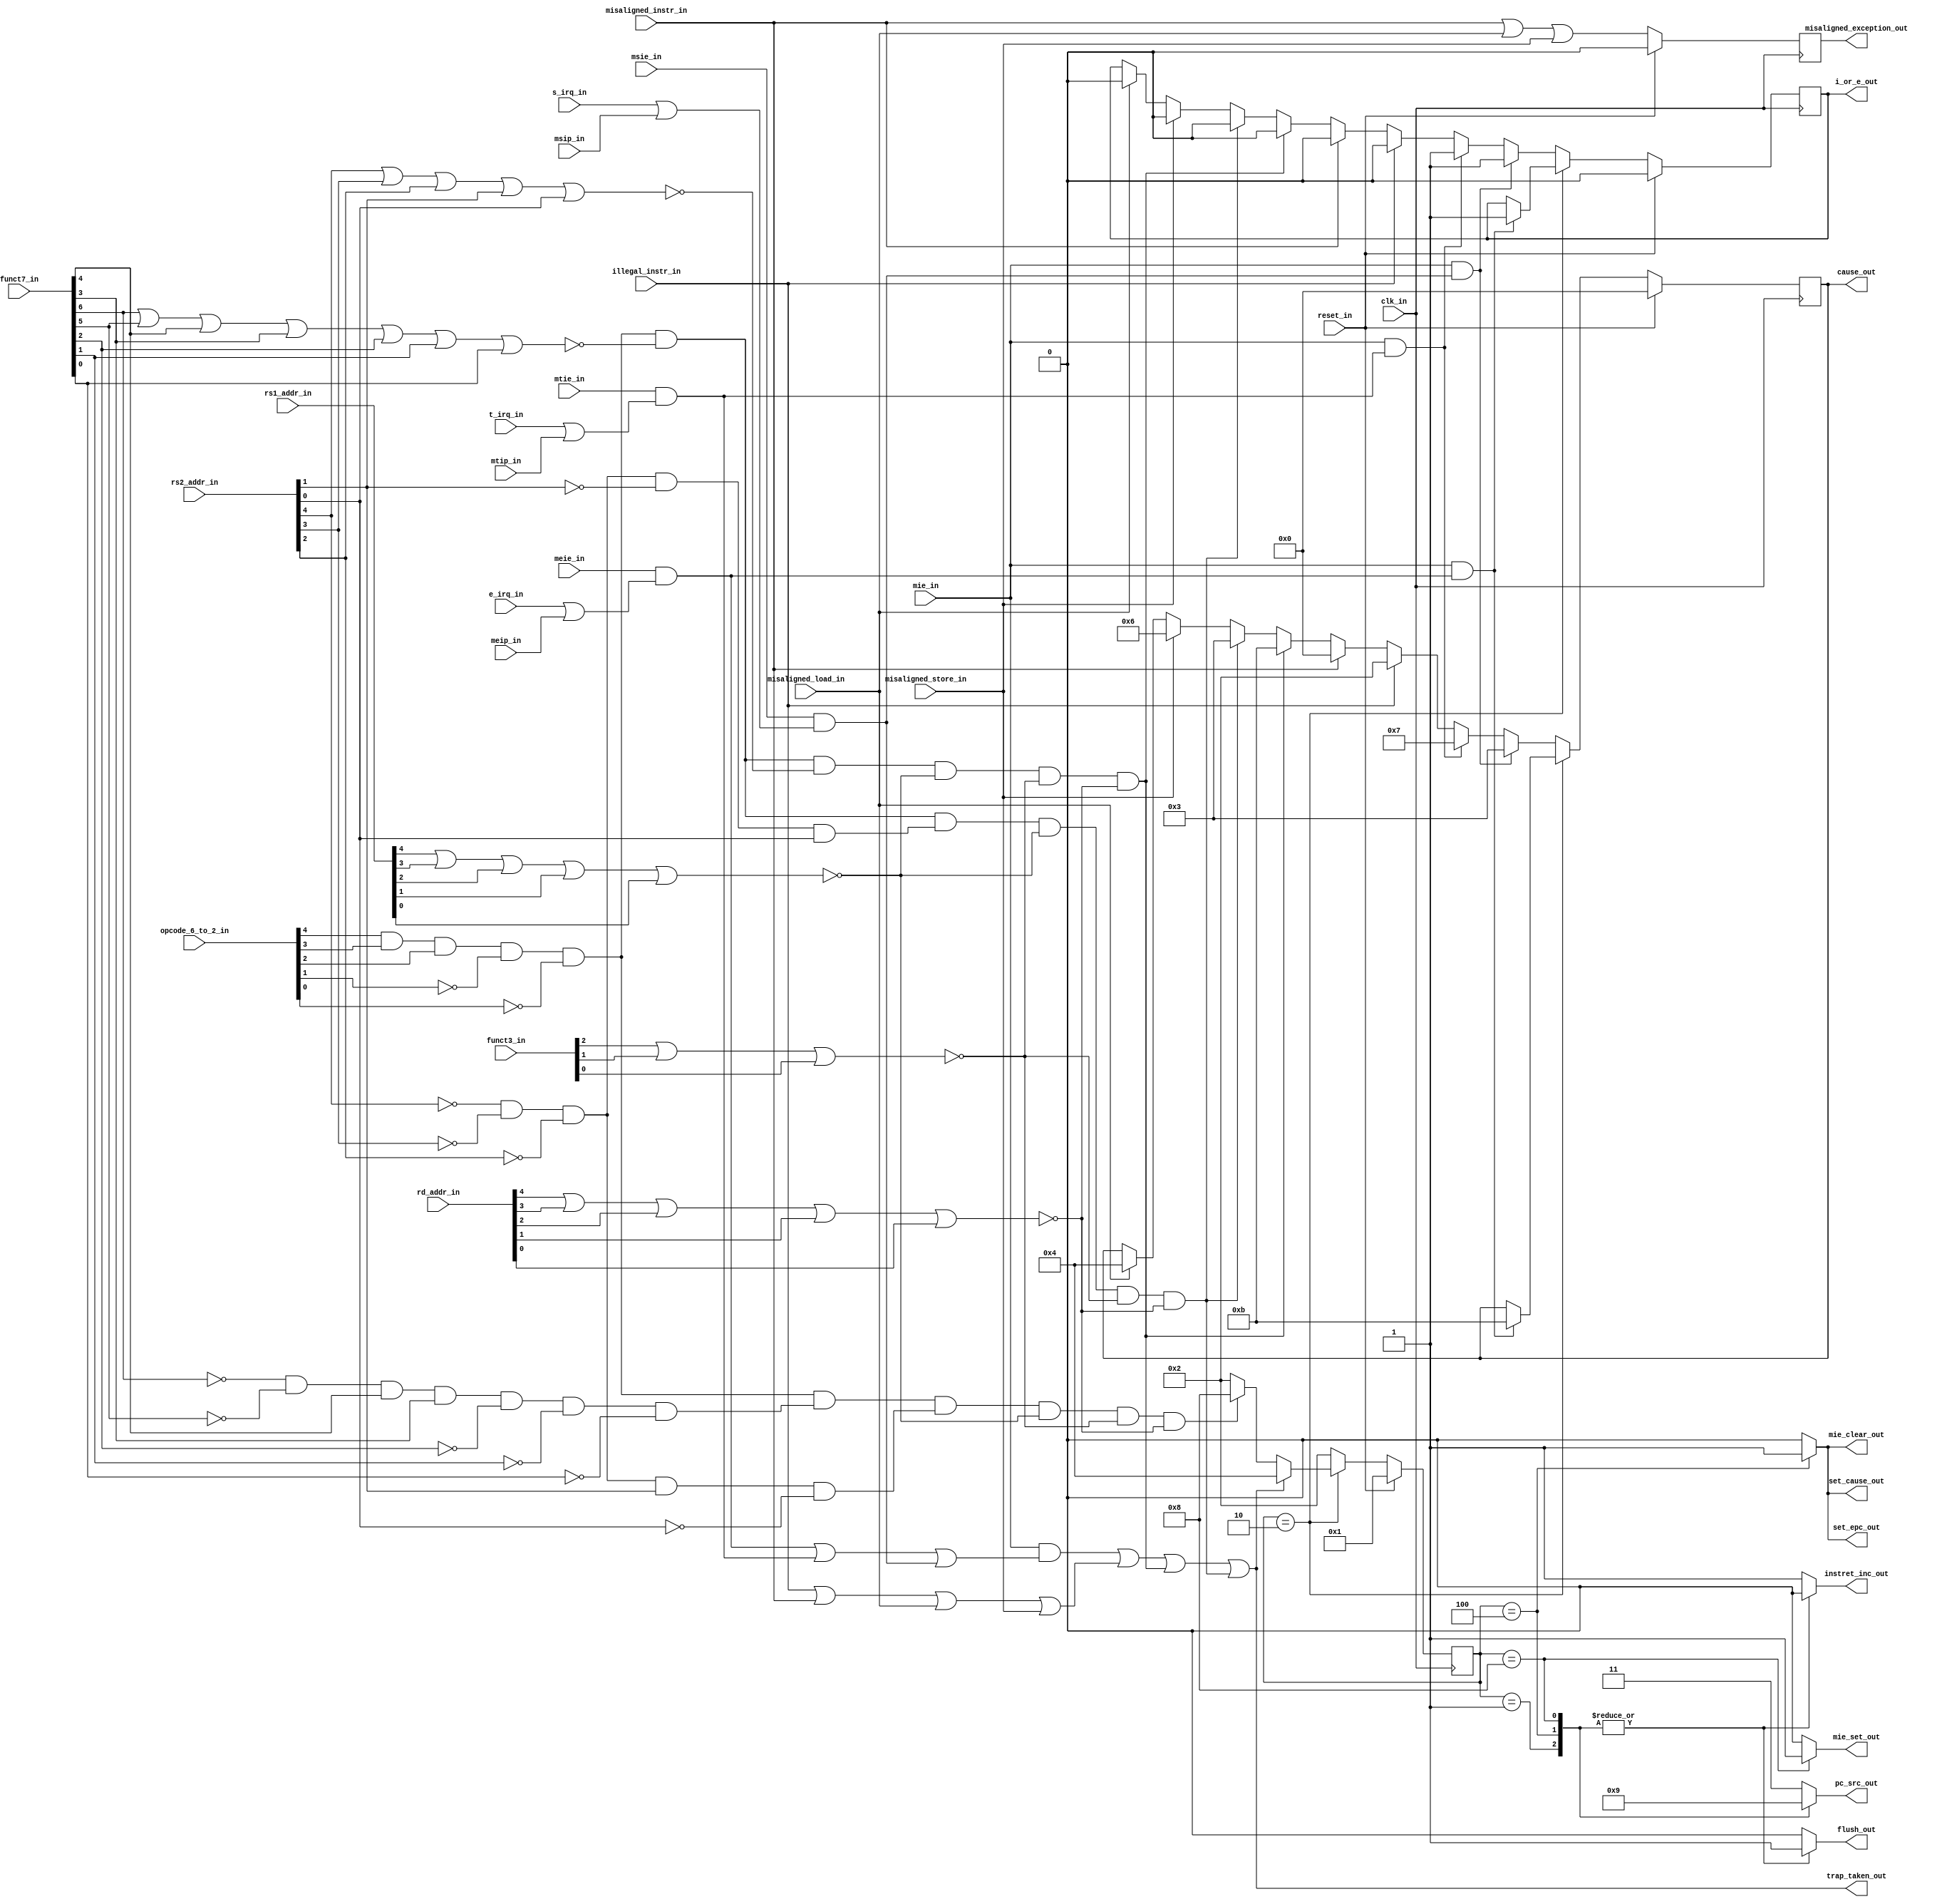
module msrv32_machine_control( input  clk_in, reset_in,
                               // from control unit
                               input  illegal_instr_in,misaligned_load_in,misaligned_store_in,
                               // from pipeline stage 1
                               input  misaligned_instr_in,
                               // from instruction
                               input  [6:2] opcode_6_to_2_in,
                               input  [2:0] funct3_in,
                               input  [6:0] funct7_in,
                               input  [4:0] rs1_addr_in,
                               input  [4:0] rs2_addr_in,
                               input  [4:0] rd_addr_in,
                               // from interrupt controller
                               input  e_irq_in,t_irq_in, s_irq_in,
			       // from CSR file
			       input  mie_in, meie_in,mtie_in, msie_in, meip_in,mtip_in,msip_in,         
                               // to CSR file
                               output reg i_or_e_out, set_epc_out, set_cause_out,
                               output reg [3:0] cause_out,
                               output reg instret_inc_out, mie_clear_out, mie_set_out,
			                  misaligned_exception_out,
                               // to PC MUX
                               output reg [1:0] pc_src_out,
                               // to pipeline stage 2 register
                               output reg flush_out,
                               // to Control Unit
                               output trap_taken_out );
    
    // state registers
    reg [3:0] curr_state;
    reg [3:0] next_state;
    
    // machine states
    parameter STATE_RESET         = 4'b0001; 
    parameter STATE_OPERATING     = 4'b0010;
    parameter STATE_TRAP_TAKEN    = 4'b0100;    
    parameter STATE_TRAP_RETURN   = 4'b1000;
    
    parameter PC_BOOT =2'b00,
              PC_EPC=  2'b01,
              PC_TRAP= 2'b10,
              PC_NEXT= 2'b11;
    // internal control signals
    wire exception;
    wire ip;
    wire eip;
    wire tip;
    wire sip;
    wire is_system;
    wire rs1_addr_zero;
    wire rs2_addr_zero;
    wire rd_zero;
    wire rs2_addr_mret;
    wire rs2_addr_ebreak;
    wire FUNCT3_zero;
    wire FUNCT7_zero;
    wire FUNCT7_mret;
    wire csr;
    wire mret;
    wire ecall;
    wire ebreak;
    reg pre_instret_inc;
    
    // COMBINATIONAL LOGIC
    
    assign is_system   =  opcode_6_to_2_in[6] & opcode_6_to_2_in[5] & opcode_6_to_2_in[4] 
                          & ~opcode_6_to_2_in[3] & ~opcode_6_to_2_in[2];
    assign FUNCT3_zero =  ~(funct3_in[2] | funct3_in[1] | funct3_in[0]);
    assign FUNCT7_zero =  ~(funct7_in[6] | funct7_in[5] | funct7_in[4] | funct7_in[3] 
                          | funct7_in[2] | funct7_in[1] | funct7_in[0]);
    assign FUNCT7_wfi  =  ~funct7_in[6] & ~funct7_in[5] & ~funct7_in[4] & funct7_in[3] & 
                          ~funct7_in[2] & ~funct7_in[1] & ~funct7_in[0];
    assign FUNCT7_mret  = ~funct7_in[6] & ~funct7_in[5] & funct7_in[4] & 
                          funct7_in[3] & ~funct7_in[2] & ~funct7_in[1] & ~funct7_in[0];
    assign rs1_addr_zero =~(rs1_addr_in[4] | rs1_addr_in[3] | rs1_addr_in[2] | rs1_addr_in[1] | 
                          rs1_addr_in[0]);
    assign rs2_addr_zero =~(rs2_addr_in[4] | rs2_addr_in[3] | rs2_addr_in[2] | rs2_addr_in[1] | 
                          rs2_addr_in[0]);
    assign rd_zero =      ~(rd_addr_in[4] | rd_addr_in[3] | rd_addr_in[2] | rd_addr_in[1] | rd_addr_in[0]);
    assign rs2_addr_wfi = ~rs2_addr_in[4] & ~rs2_addr_in[3] & rs2_addr_in[2] & 
                          ~rs2_addr_in[1] & rs2_addr_in[0];
    assign rs2_addr_mret = ~rs2_addr_in[4] & ~rs2_addr_in[3] & ~rs2_addr_in[2] & 
                           rs2_addr_in[1] & ~rs2_addr_in[0];
    assign rs2_addr_ebreak = ~rs2_addr_in[4] & ~rs2_addr_in[3] & ~rs2_addr_in[2] & 
                             ~rs2_addr_in[1] & rs2_addr_in[0];
    assign mret =            is_system & FUNCT7_mret & rs2_addr_mret & rs1_addr_zero & FUNCT3_zero & rd_zero;
    assign ecall = is_system & FUNCT7_zero & rs2_addr_zero & rs1_addr_zero & FUNCT3_zero & rd_zero;
    assign ebreak = is_system & FUNCT7_zero & rs2_addr_ebreak & rs1_addr_zero & FUNCT3_zero & rd_zero;
    
    assign eip = meie_in & (e_irq_in | meip_in);
    assign tip = mtie_in & (t_irq_in | mtip_in);
    assign sip = msie_in & (s_irq_in | msip_in);
    assign ip = eip | tip | sip;
    assign exception = illegal_instr_in | misaligned_instr_in | misaligned_load_in | misaligned_store_in;
    assign trap_taken_out = (mie_in & ip) | exception | ecall | ebreak;
    
    // Next State Logic
    always @*
    begin
       case(curr_state)
          STATE_RESET:
             next_state = STATE_OPERATING;
          STATE_OPERATING: 
             if(trap_taken_out) 
                next_state = STATE_TRAP_TAKEN;
             else if(mret) 
                next_state = STATE_TRAP_RETURN;
             else 
                next_state = STATE_OPERATING;
          STATE_TRAP_TAKEN:
             next_state = STATE_OPERATING;
          STATE_TRAP_RETURN:
             next_state = STATE_OPERATING;
          default:
             next_state = STATE_OPERATING;
        endcase
    end
    
    //Combinational  output logic 
    always @*
    begin
       case(curr_state)
          STATE_RESET:
          begin
             pc_src_out = PC_BOOT;
             flush_out = 1'b1;
             instret_inc_out = 1'b0;
             set_epc_out = 1'b0;
             set_cause_out = 1'b0;
             mie_clear_out = 1'b0;
             mie_set_out = 1'b0;
           end
           STATE_OPERATING:
              begin
              pc_src_out = PC_NEXT;
              flush_out = 1'b0;
              instret_inc_out = 1'b1;
              set_epc_out = 1'b0;
              set_cause_out = 1'b0;
              mie_clear_out = 1'b0;
              mie_set_out = 1'b0;
           end
           STATE_TRAP_TAKEN:
           begin
              pc_src_out = PC_TRAP;
              flush_out = 1'b1;
              instret_inc_out = 1'b0;
              set_epc_out = 1'b1;
              set_cause_out = 1'b1;
              mie_clear_out = 1'b1;
              mie_set_out = 1'b0;
           end
           STATE_TRAP_RETURN:
           begin
              pc_src_out = PC_EPC;
              flush_out = 1'b1;
              instret_inc_out = 1'b0;
              set_epc_out = 1'b0;
              set_cause_out = 1'b0;
              mie_clear_out = 1'b0;
              mie_set_out = 1'b1;
           end
           default:
           begin
              pc_src_out = PC_NEXT;
              flush_out = 1'b0;
              instret_inc_out = 1'b1;
              set_epc_out = 1'b0;
              set_cause_out = 1'b0;
              mie_clear_out = 1'b0;
              mie_set_out = 1'b0;
           end
        endcase
        
    end
    
    // Sequential Output Logic 
    
    always @(posedge clk_in)
    begin
       if(reset_in) 
          curr_state <= STATE_RESET;
       else
          curr_state <= next_state;
    end    
    
    always @(posedge clk_in)
    begin
       if(reset_in) 
          misaligned_exception_out <= 1'b0;
       else 
          misaligned_exception_out <= misaligned_instr_in | misaligned_load_in | misaligned_store_in;
    end
    
    always @(posedge clk_in)
    begin
       if(reset_in)
       begin
          cause_out <= 4'b0;
          i_or_e_out <= 1'b0;
       end
       else if(curr_state == STATE_OPERATING)
       begin 
          if(mie_in & eip)
          begin
             cause_out <= 4'b1011; // M-mode external interrupt
             i_or_e_out <= 1'b1;
          end
       end	 
       else if(mie_in & sip)
       begin
          cause_out <= 4'b0011; // M-mode software interrupt
          i_or_e_out <= 1'b1;
       end
       else if(mie_in & tip)
       begin
          cause_out <= 4'b0111; // M-mode timer interrupt
          i_or_e_out <= 1'b1;
       end
       else if(illegal_instr_in)
       begin
          cause_out <= 4'b0010; // Illegal instruction
          i_or_e_out <= 1'b0;
       end
       else if(misaligned_instr_in)
       begin
          cause_out <= 4'b0000; // Instruction address misaligned
          i_or_e_out <= 1'b0;
       end
       else if(ecall)
       begin
          cause_out <= 4'b1011; // Environment call from M-mode
          i_or_e_out <= 1'b0;
       end
       else if(ebreak)
       begin
          cause_out <= 4'b0011; // Breakpoint
          i_or_e_out <= 1'b0;
       end
       else if(misaligned_store_in)
       begin
          cause_out <= 4'b0110; // Store address misaligned
          i_or_e_out <= 1'b0;
       end
       else if(misaligned_load_in)
       begin
          cause_out <= 4'b0100; // Load address misaligned
          i_or_e_out <= 1'b0;
       end
      
    end		  
       
endmodule